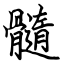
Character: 髓